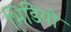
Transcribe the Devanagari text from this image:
भिडियो